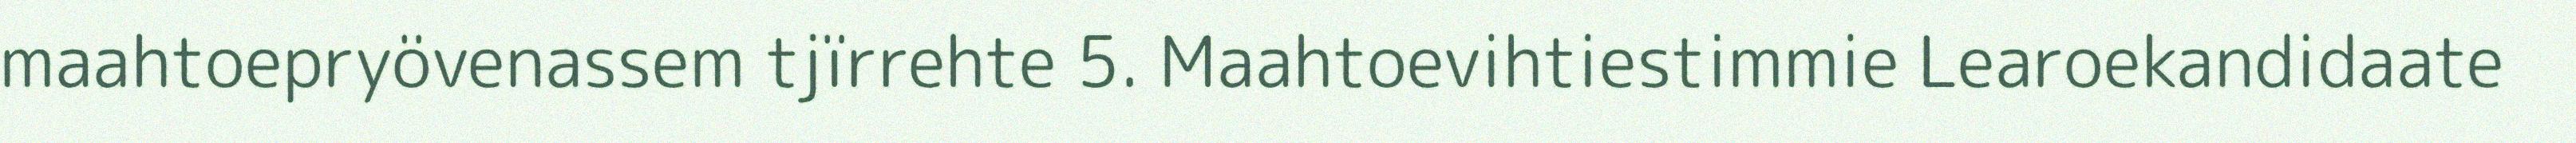
maahtoepryövenassem tjïrrehte 5. Maahtoevihtiestimmie Learoekandidaate